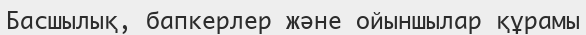
Басшылық, бапкерлер және ойыншылар құрамы